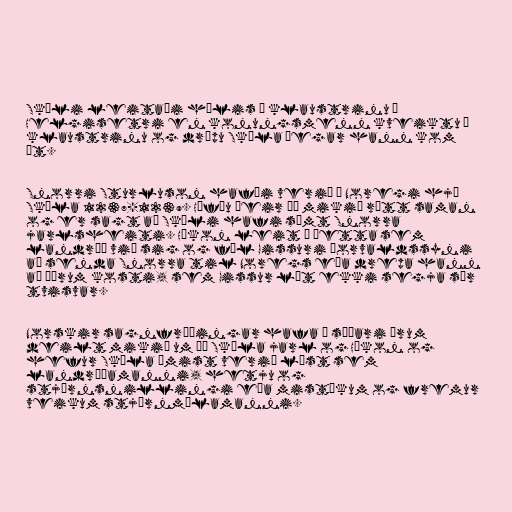
Skúli leitaði hælis í klaustrinu í
Helgisetri en konungsmenn kveiktu í
klaustrinu og drápu Skúla þegar hann kom
út.

Snorri Sturluson hafði verið í Noregi hjá
Skúla 1237-1239. Höfðu þeir þá mikið rætt saman
og er sagt að Skúli hafi sæmt Snorra
jarlsheiti. Hákon leit á þetta sem
landráð við sig og fól Gissuri Þorvaldssyni
að senda Snorra til Noregs eða drepa hann
að öðrum kosti, sem Gissur lét ekki segja sér
tvisvar.

Norskir sagnfræðingar hafa á síðari árum
deilt mikið um þá Skúla jarl og Hákon og
hefur Skúla ýmist verið lýst sem
landráðamanni, hetju og
stjórnsnillingi eða mistækum og fremur
veikum stjórnmálamanni.